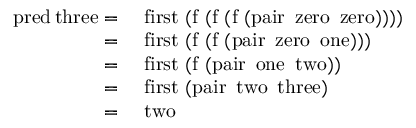
{ \begin{array} { r l } { \operatorname { p r e d } \operatorname { t h r e e } = } & { \ \operatorname { f i r s t } \ ( \operatorname { f } \ ( \operatorname { f } \ ( \operatorname { f } \ ( \operatorname { p a i r } \ \operatorname { z e r o } \ \operatorname { z e r o } ) ) ) ) } \\ { = } & { \ \operatorname { f i r s t } \ ( \operatorname { f } \ ( \operatorname { f } \ ( \operatorname { p a i r } \ \operatorname { z e r o } \ \operatorname { o n e } ) ) ) } \\ { = } & { \ \operatorname { f i r s t } \ ( \operatorname { f } \ ( \operatorname { p a i r } \ \operatorname { o n e } \ \operatorname { t w o } ) ) } \\ { = } & { \ \operatorname { f i r s t } \ ( \operatorname { p a i r } \ \operatorname { t w o } \ \operatorname { t h r e e } ) } \\ { = } & { \ \operatorname { t w o } } \end{array} }